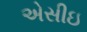
એસીઇ